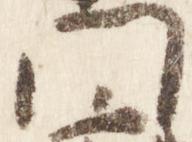
門